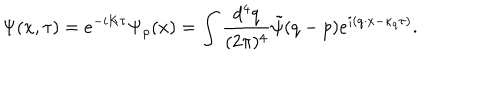
LaTeX: \Psi ( x , \tau ) = e ^ { - i K \tau } \Psi _ { \rho } ( x ) = \int \frac { d ^ { 4 } q } { ( 2 \pi ) ^ { 4 } } \tilde { \psi } ( q - p ) e ^ { i ( q \cdot x - \kappa _ { q } \tau ) } .